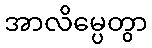
အာလိမ္ပေတွာ